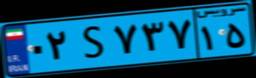
۰۲S۷۳۷۱۵